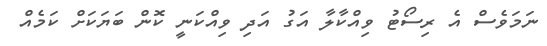
ނަމަވެސް އެ ރިސޯޓު ވިއްކާލާ އަގު އަދި ވިއްކަނީ ކޮން ބަޔަކަށް ކަމެއް